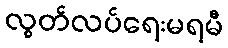
လွတ်လပ်ရေးမရမီ